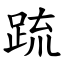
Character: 䟽